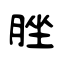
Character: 脞